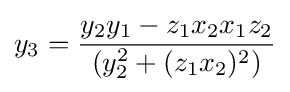
y_{3}={\frac {y_{2}y_{1}-z_{1}x_{2}x_{1}z_{2}}{(y_{2}^{2}+(z_{1}x_{2})^{2})}}